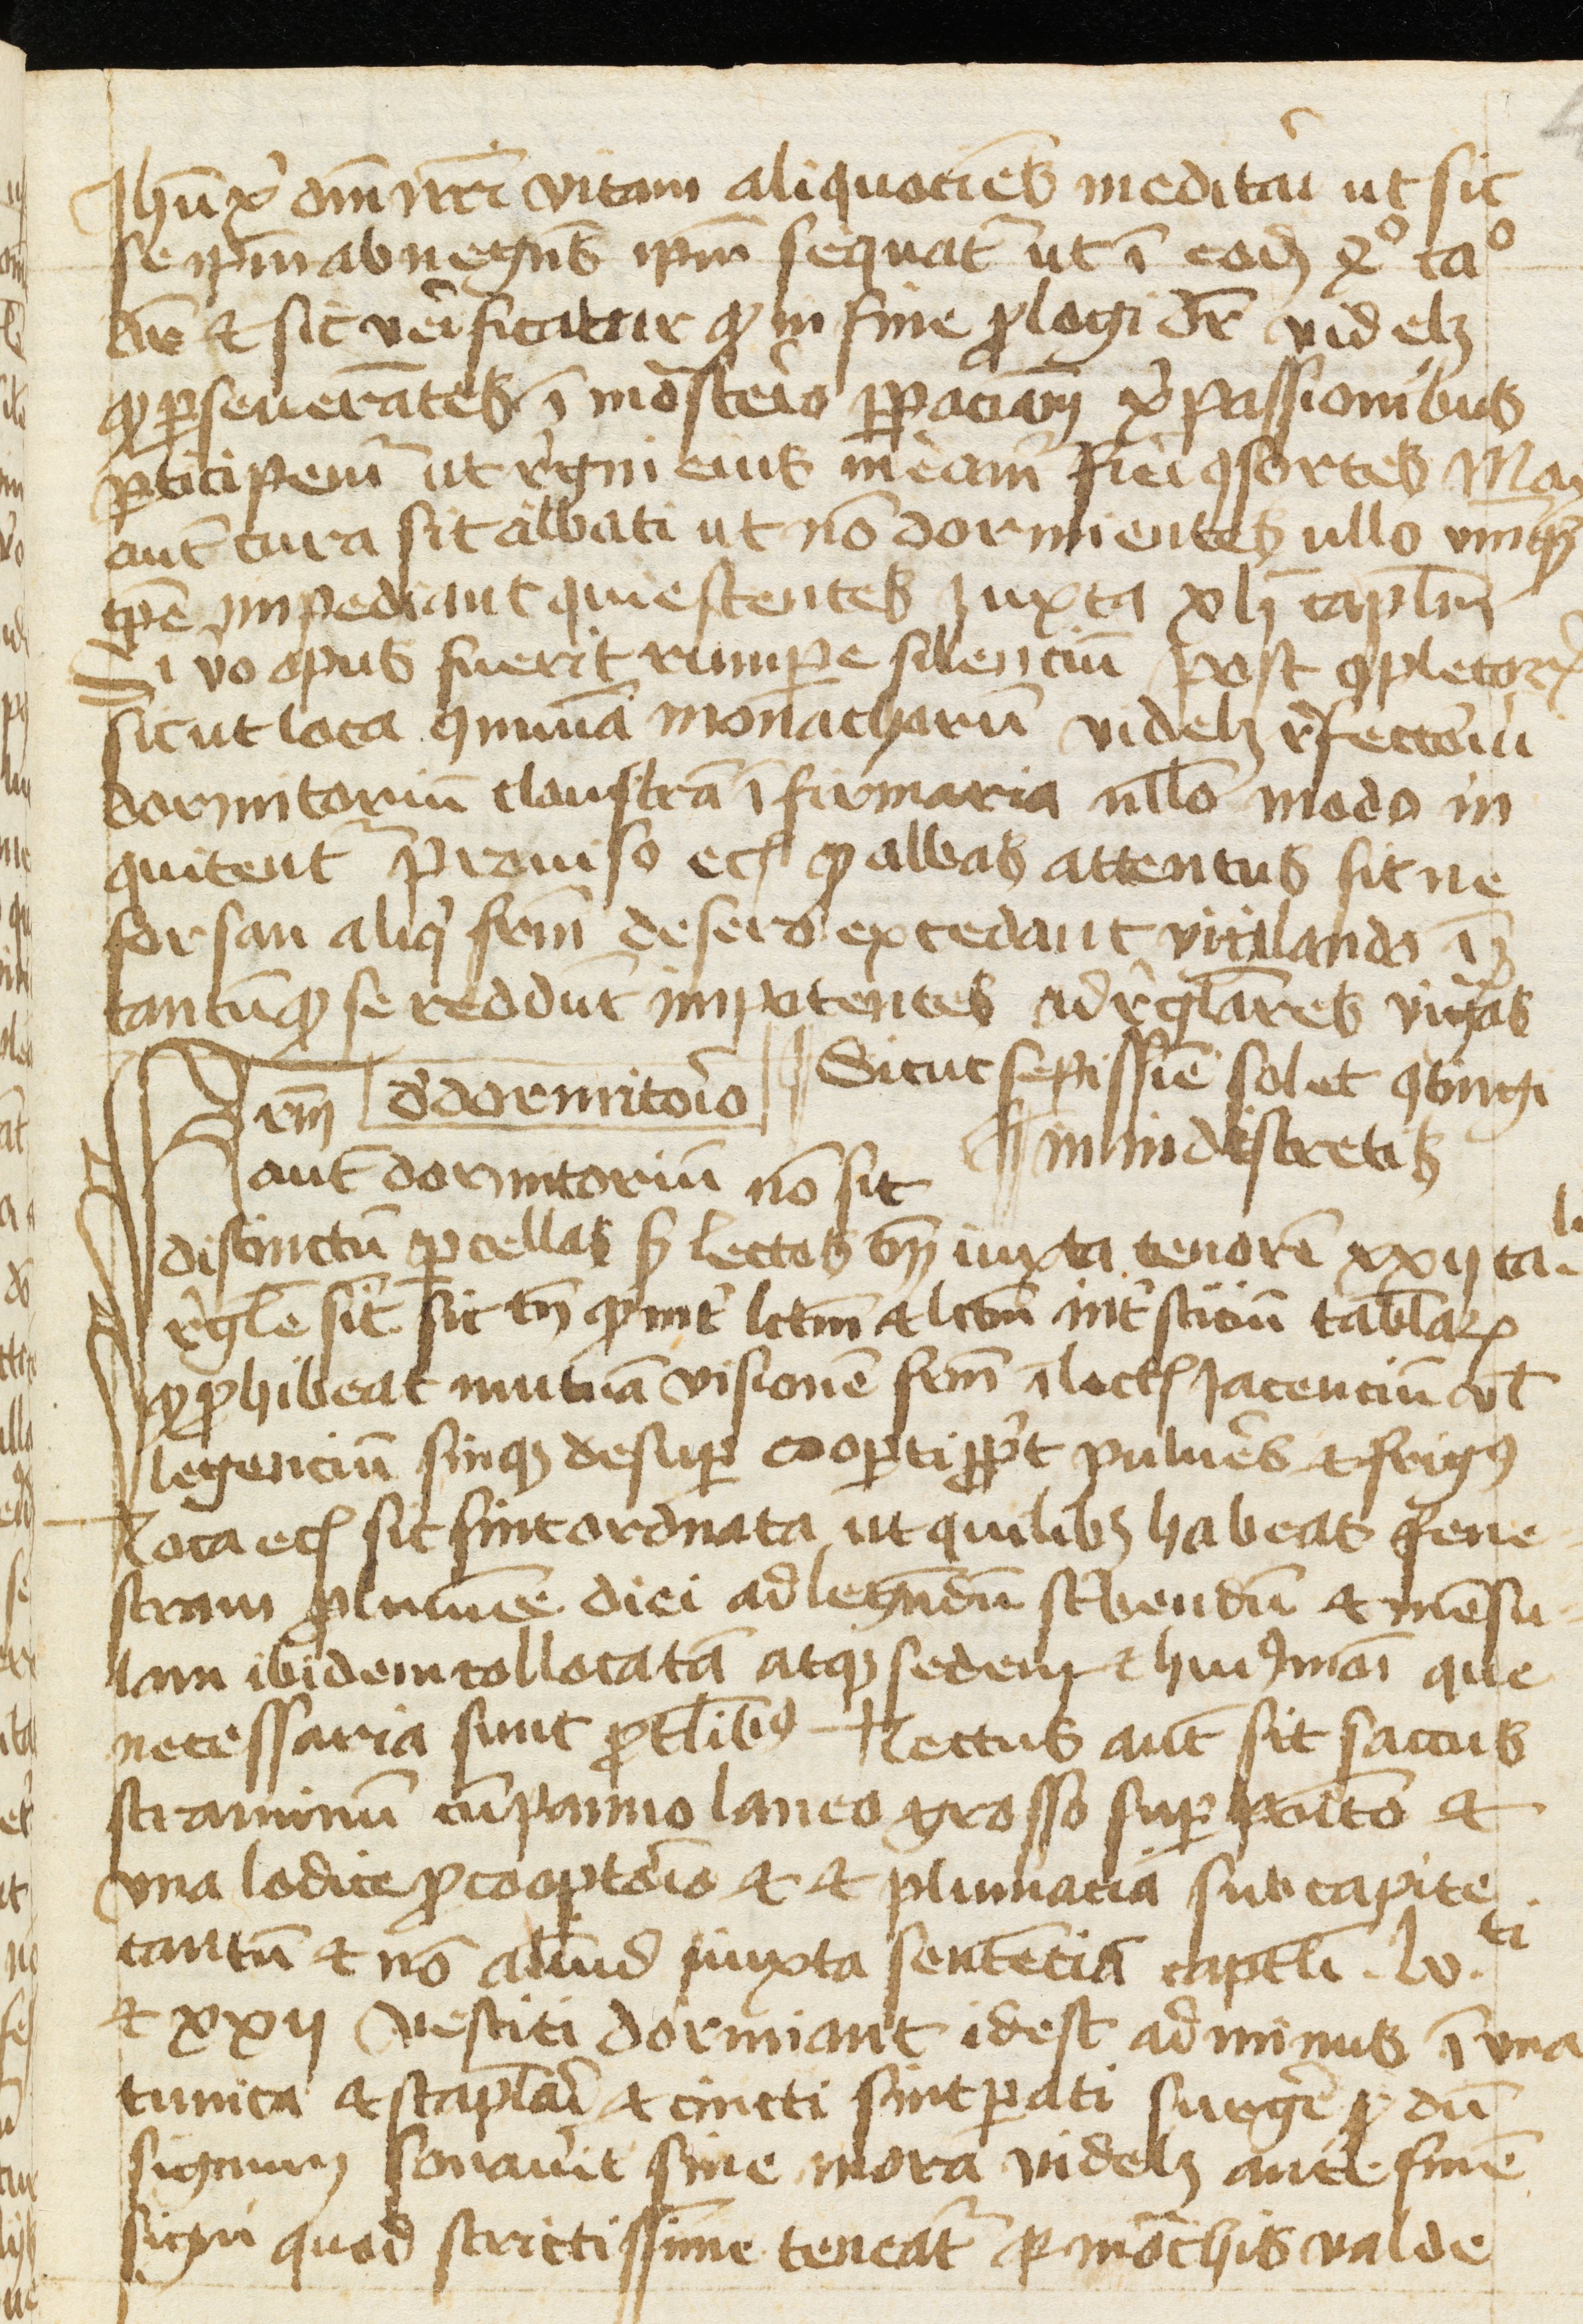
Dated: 1400–1499